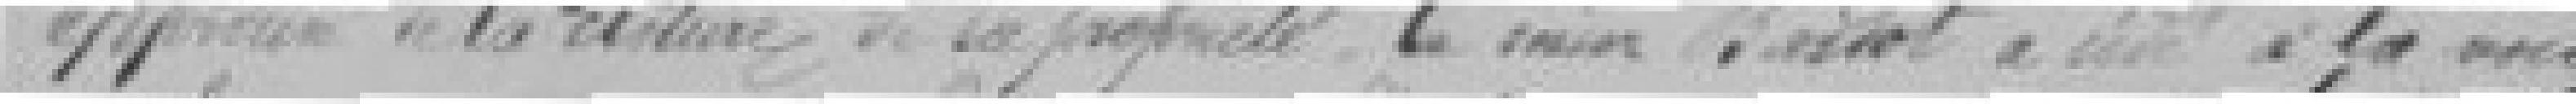
approuvée de la clôture de sa propriété, le sieur Bardot a cédé à la voie